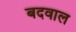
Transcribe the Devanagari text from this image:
बदवाल